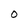
Character: O